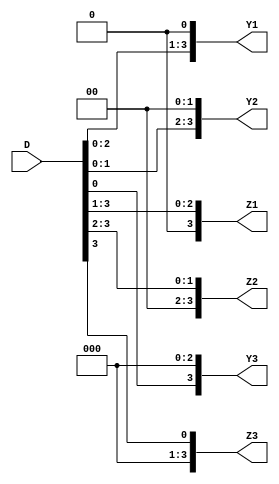
// Ch07 shift.v
// |B

module shift (D,Y1,Y2,Y3,Z1,Z2,Z3);
input  [3:0] D;			// D |J
output [3:0] Y1,Y2,Y3,Z1,Z2,Z3;	// Y, Z |X 
parameter B1 = 1;		// @
parameter B2 = 2;		// G
parameter B3 = 3;		// T

// Bl
assign Y1 = D << B1;	// @,  2
assign Y2 = D << B2;	// G,  4
assign Y3 = D << B3;	// T,  8
assign Z1 = D >> B1;	// k@,  2
assign Z2 = D >> B2;	// kG,  4
assign Z3 = D >> B3;	// kT,  8

endmodule